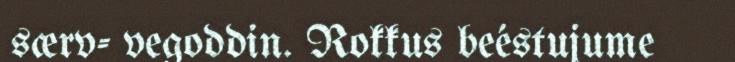
særv- vegoddin. Rokkus beéstujume